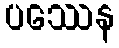
ပဿေန